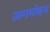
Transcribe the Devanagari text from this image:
ज़गमोहन